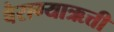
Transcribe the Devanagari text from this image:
वैराग्याऋत्ती